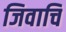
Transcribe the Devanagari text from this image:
जिवाचि